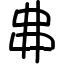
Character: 丳